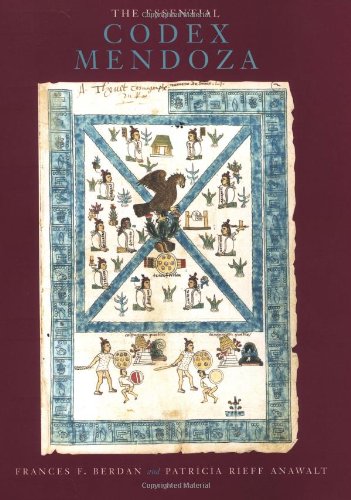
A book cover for The Essential Codex Mendoza; Frances F. Berdan; History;